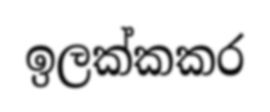
ඉලක්කකර